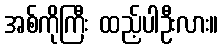
အစ်ကိုကြီး ထည့်ပါဦးလား။